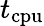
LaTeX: \displaystyle t_{\mathrm{cpu}}